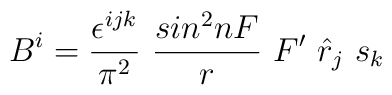
B^i=\frac{\epsilon^{ijk}}{\pi^2}~\frac{sin^2nF}{r}~F'~{\hat{r}}_j~s_k